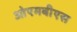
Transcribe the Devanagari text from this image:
ओएमबीएस